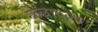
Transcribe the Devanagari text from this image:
फैलावला